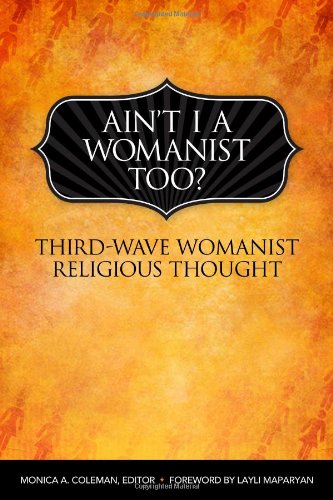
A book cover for Ain't I a Womanist, Too?: Third Wave Womanist Religious Thought (Innovations); Monica A. Coleman; Religion & Spirituality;